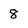
Character: 8